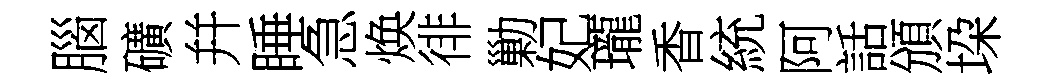
腦礦幷睡急焕徘勦妃瓏香統阿話頒垜